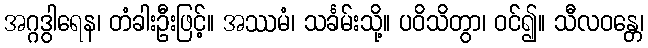
အဂ္ဂဒွါရေန၊ တံခါးဦးဖြင့်။ အဿမံ၊ သင်္ခမ်းသို့။ ပဝိသိတွာ၊ ဝင်၍။ သီလဝန္တေ၊